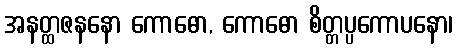
အနတ္ထဇနနော ကောဓော, ကောဓော စိတ္တပ္ပကောပနော၊